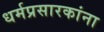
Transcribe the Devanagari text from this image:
धर्मप्रसारकांना